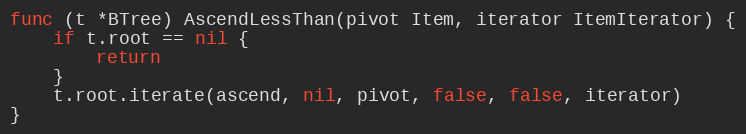
Language: Go
func (t *BTree) AscendLessThan(pivot Item, iterator ItemIterator) {
	if t.root == nil {
		return
	}
	t.root.iterate(ascend, nil, pivot, false, false, iterator)
}